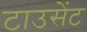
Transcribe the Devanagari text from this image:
टाउसेंट